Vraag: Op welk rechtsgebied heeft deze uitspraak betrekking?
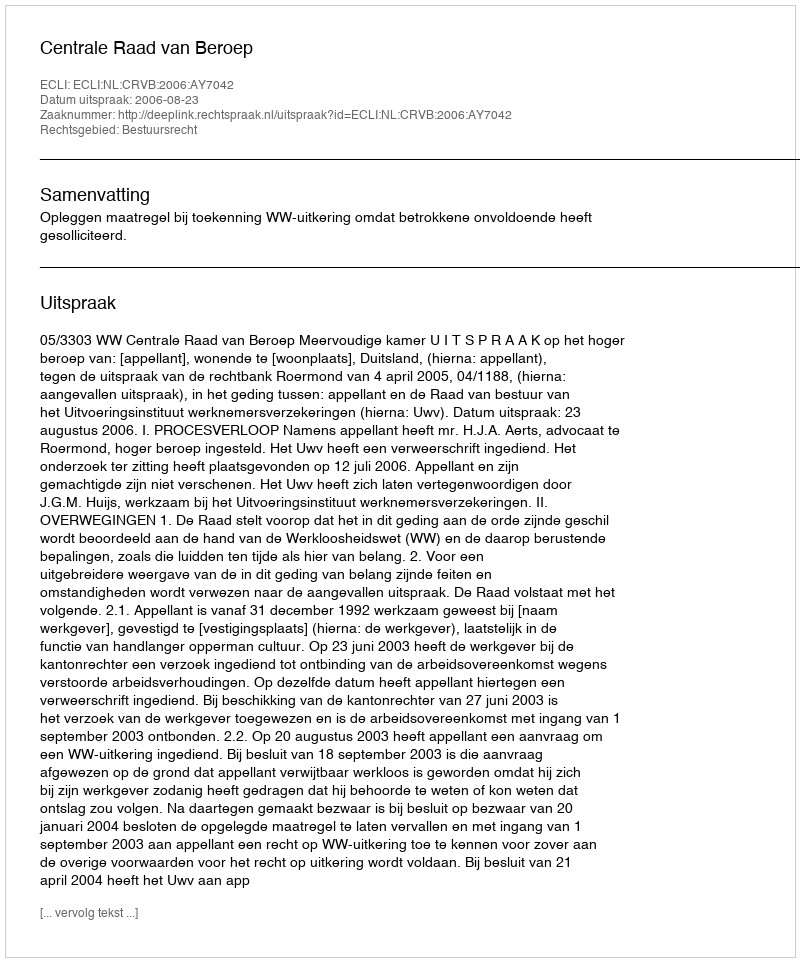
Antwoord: Bestuursrecht